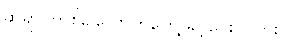
ဆရာ၊ တစ်ခါလောက်တွေ့ ခွင့်ပေးပါလား။